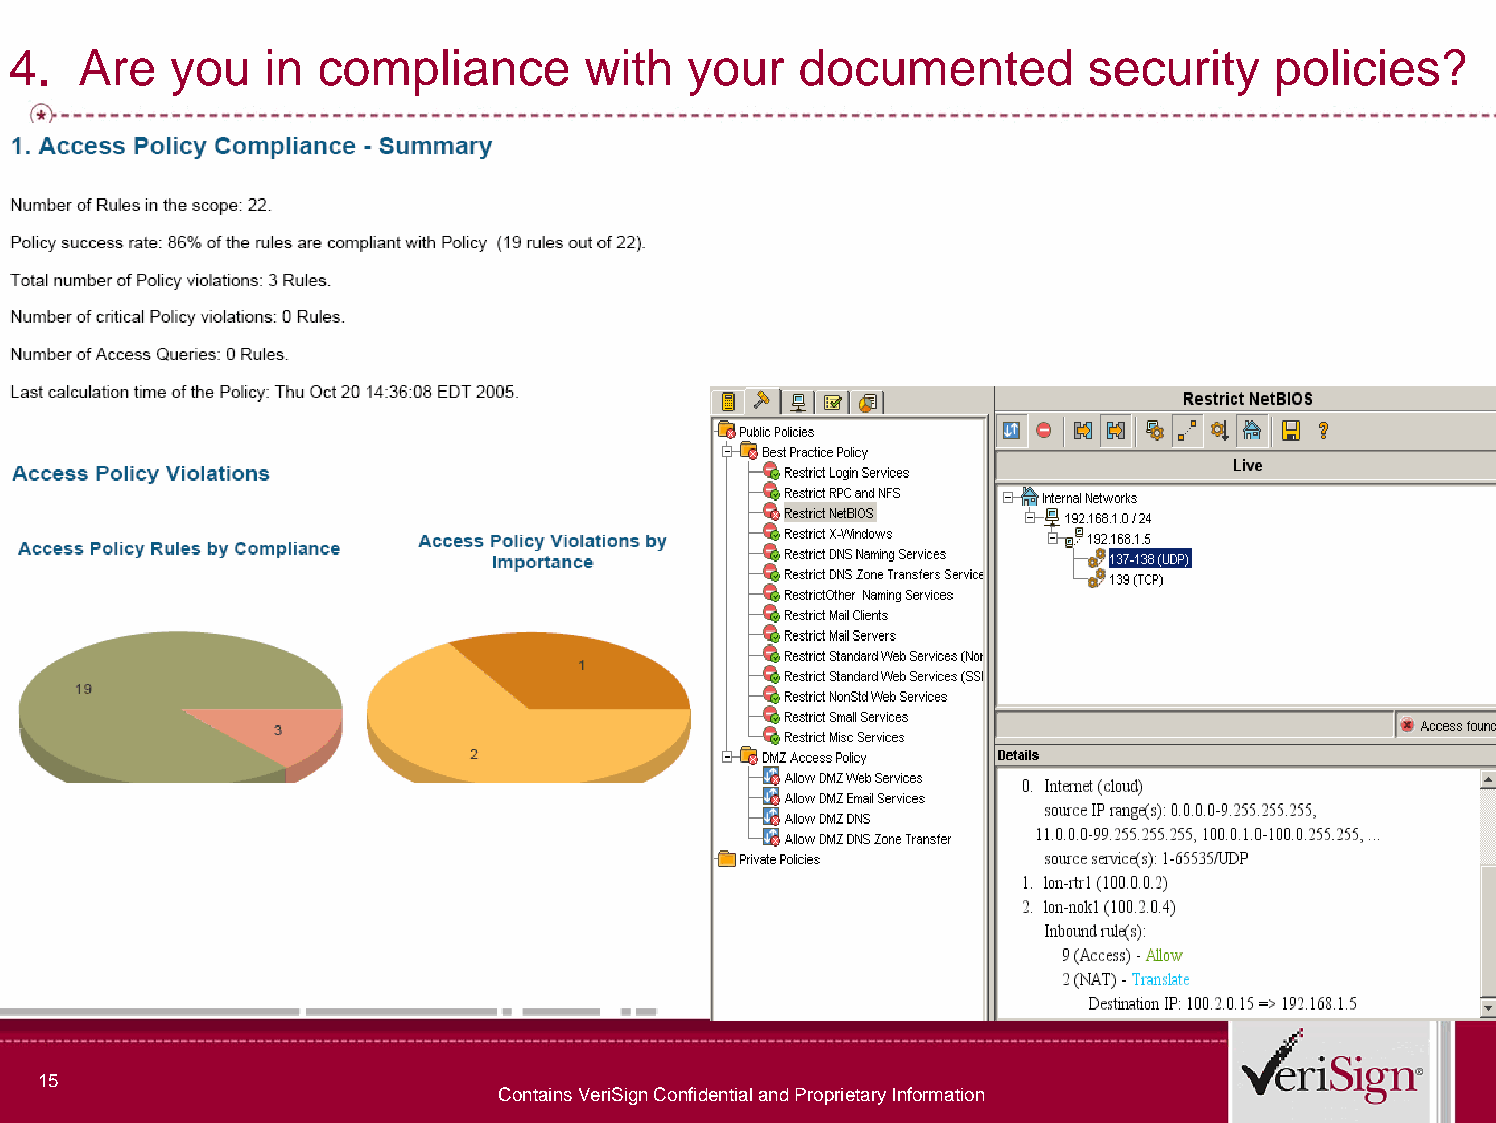
4.   Are   you   in  compliance       with   your   documented          security    policies?
 15
 Contains VeriSign Confidential and Proprietary Information